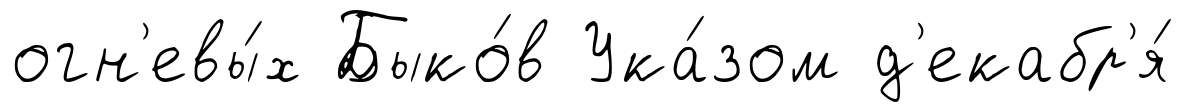
огн'евы́х Быко́в Ука́зом д'екабр'я́